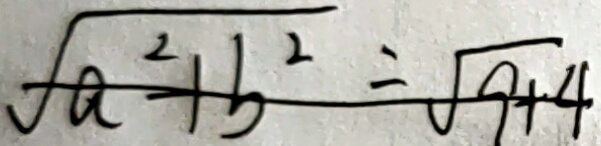
\sqrt { a ^ { 2 } + b ^ { 2 } } = \sqrt { 9 + 4 }